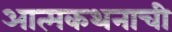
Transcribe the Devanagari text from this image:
आत्मकथनाची